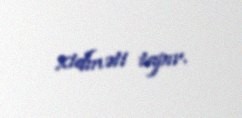
xidməti tapır.